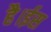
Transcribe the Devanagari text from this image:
है।ईस